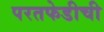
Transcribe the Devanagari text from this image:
परतफेडीची